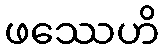
ဖဿေဟိ